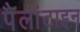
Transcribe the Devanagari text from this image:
पैलांटाइन